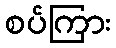
စပ်ကြား